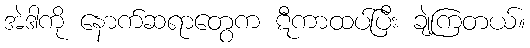
အဲဒါကို နောက်ဆရာတွေက ဋီကာထပ်ပြီး ချဲ့ကြတယ်။